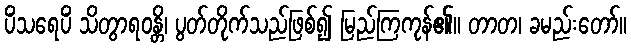
ပိံသရေပိံ သိတွာရဝန္တိ၊ ပွတ်တိုက်သည်ဖြစ်၍ မြည်ကြကုန်၏။ တာတ၊ ခမည်းတော်။